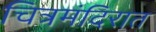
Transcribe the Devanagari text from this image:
चित्रमंदिरात